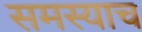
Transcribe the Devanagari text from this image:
समस्याच